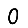
Digit: 0